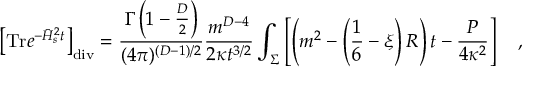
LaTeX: \left[ \mathrm { T r } e ^ { - \bar { H } _ { s } ^ { 2 } t } \right] _ { \mathrm { d i v } } = { \frac { \Gamma \left( 1 - \frac D 2 \right) } { ( 4 \pi ) ^ { ( D - 1 ) / 2 } } } { \frac { m ^ { D - 4 } } { 2 \kappa t ^ { 3 / 2 } } } \int _ { \Sigma } \left[ \left( m ^ { 2 } - \left( \frac 1 6 - \xi \right) R \right) t - { \frac { P } { 4 \kappa ^ { 2 } } } \right] ~ ~ ~ ,